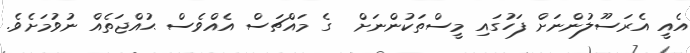
އެއީ އެރަސޫލުންނަށް ފަހުގައި މީސްތަކުންނަށް  ގެ މައްޗަސް އެއްވެސް ޙުއްޖަތެއް ނުވުމަށެވެ.